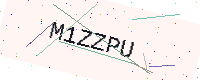
Text: M1ZZPU